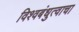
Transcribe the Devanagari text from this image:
विश्वबंधुत्वाचा